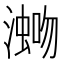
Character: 𪷡